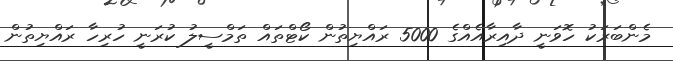
މެންބަރަކު ހޮވަނީ ދާއިރާއެއްގެ 5000 ރައްޔިތުން ކޯޓްތައް ތަމްސީލު ކުރަނީ ހުރިހާ ރައްޔިތުން